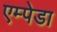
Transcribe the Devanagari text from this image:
एम्पेडा